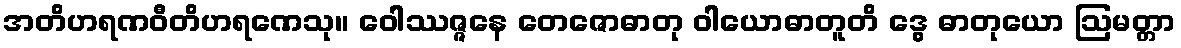
အတိဟရဏဝီတိဟရဏေသု။ ဝေါဿဇ္ဇနေ တေဇောဓာတု ဝါယောဓာတူတိ ဒွေ ဓာတုယော ဩမတ္တာ